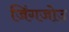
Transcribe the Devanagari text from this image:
जिंगजोउ